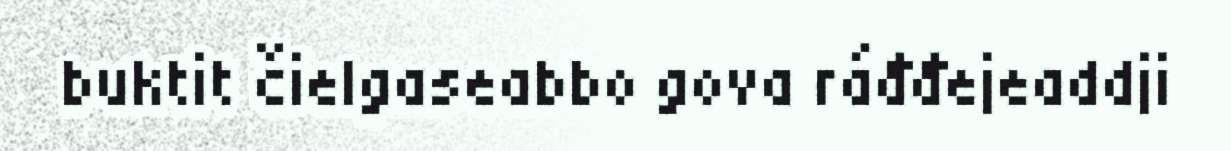
buktit čielgaseabbo gova ráđđejeaddji